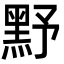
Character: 𪐧